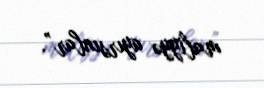
maliyyə ayırsınlar”.